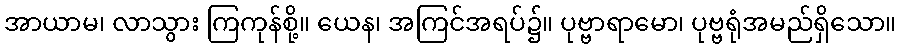
အာယာမ၊ လာသွား ကြကုန်စို့။ ယေန၊ အကြင်အရပ်၌။ ပုဗ္ဗာရာမော၊ ပုဗ္ဗရုံအမည်ရှိသော။